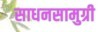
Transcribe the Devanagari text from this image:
साधनसामुग्री